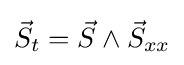
{\vec {S}}_{t}={\vec {S}}\wedge {\vec {S}}_{xx}